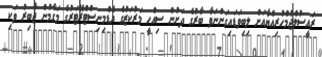
ރައީސުލްޖުމްހުރިއްޔާއަށް ލިބިވަޑައިގަންނަވާ ބާރުގެ ދަށުން ސިއްހީ މަރުކަޒުގެ އެޑްމިނިސްޓްރޭޓަރުގެ މަގާމުން ޖާބިރު ވަކި